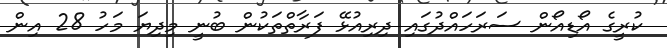
ކުރީގެ އޯޑިއޯން ސަރަހައްދުގައި ދިރިއުޅޭ ފަރާތްތަކުން ބުނީ މިދިޔަ މަހު 28 އިން